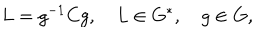
LaTeX: L = g ^ { - 1 } C g , \quad L \in G ^ { * } , \quad g \in G ,